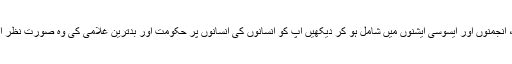
کبھی ان گروہوں، پارٹیوں، انجمنوں اور ایسوسی ایشنوں میں شامل ہو کر دیکھیں آپ کو انسانوں کی انسانوں پر حکومت اور بدترین غلامی کی وہ صورت نظر آئے گی کہ آپ کانپ اٹھیں۔